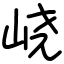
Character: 峣